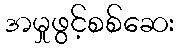
အမှုဖွင့်စစ်ဆေး